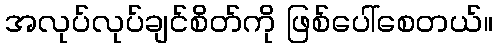
အလုပ်လုပ်ချင်စိတ်ကို ဖြစ်ပေါ်စေတယ်။